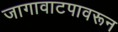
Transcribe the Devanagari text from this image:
जागावाटपावरून